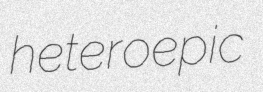
heteroepic